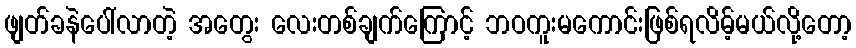
ဖျတ်ခနဲပေါ်လာတဲ့ အတွေး လေးတစ်ချက်ကြောင့် ဘဝကူးမကောင်းဖြစ်ရလိမ့်မယ်လို့တော့